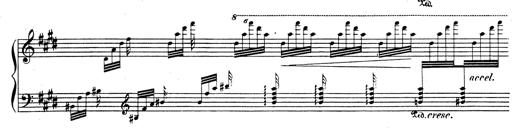
Title: Rhapsodie espagnole
Composer: Franz Liszt